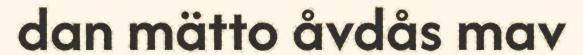
dan mätto åvdås mav